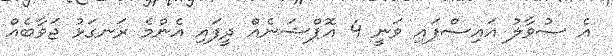
އެ ސުވާލު އައިސްފައި ވަނީ 4 އޮޕްޝަނެއް ދީފައި އެންމެ ރަނގަޅު ޖަވާބެއް